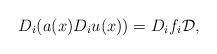
LaTeX: \begin{align*}D_i(a(x)D_i u(x))=D_if_i\mathcal{D},\end{align*}